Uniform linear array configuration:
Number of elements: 4
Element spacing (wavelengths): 0.75
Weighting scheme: exponential
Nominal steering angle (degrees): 0
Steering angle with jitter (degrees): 0.647
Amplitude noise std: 0.05
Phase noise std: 0.05

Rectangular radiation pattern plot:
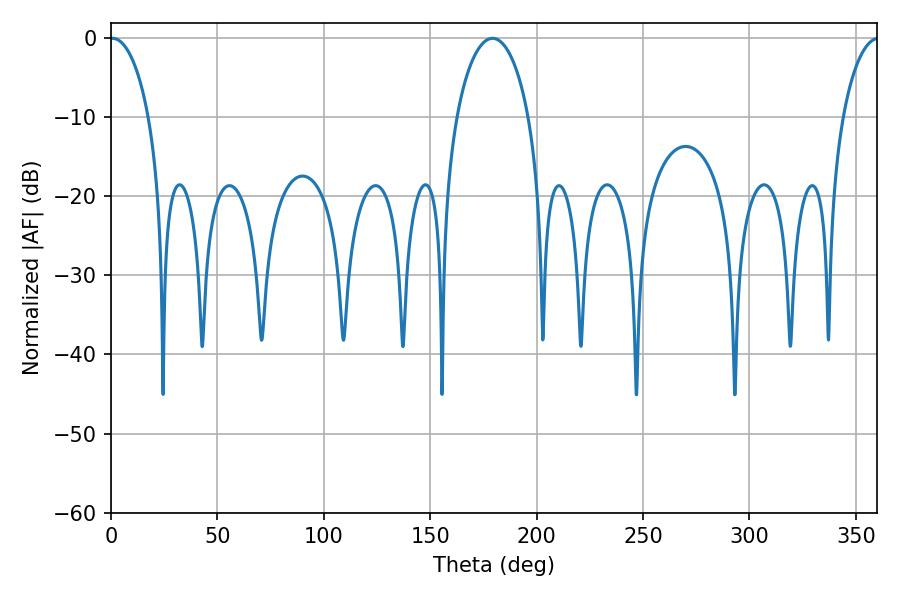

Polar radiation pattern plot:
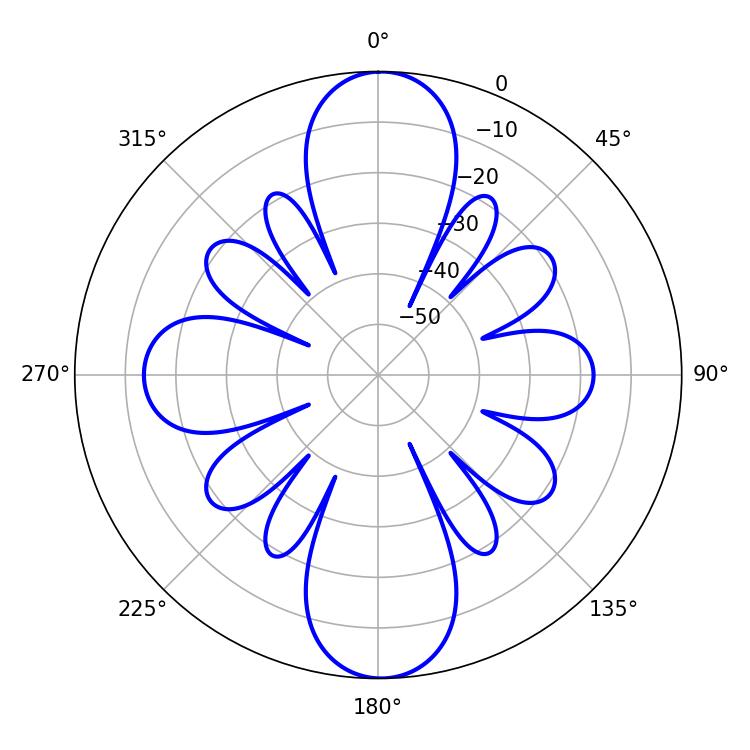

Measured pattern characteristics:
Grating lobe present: TRUE
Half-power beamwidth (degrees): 10.44
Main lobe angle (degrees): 0.72